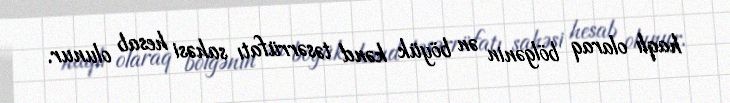
haqlı olaraq bölgənin ən böyük kənd təsərrüfatı sahəsi hesab olunur.